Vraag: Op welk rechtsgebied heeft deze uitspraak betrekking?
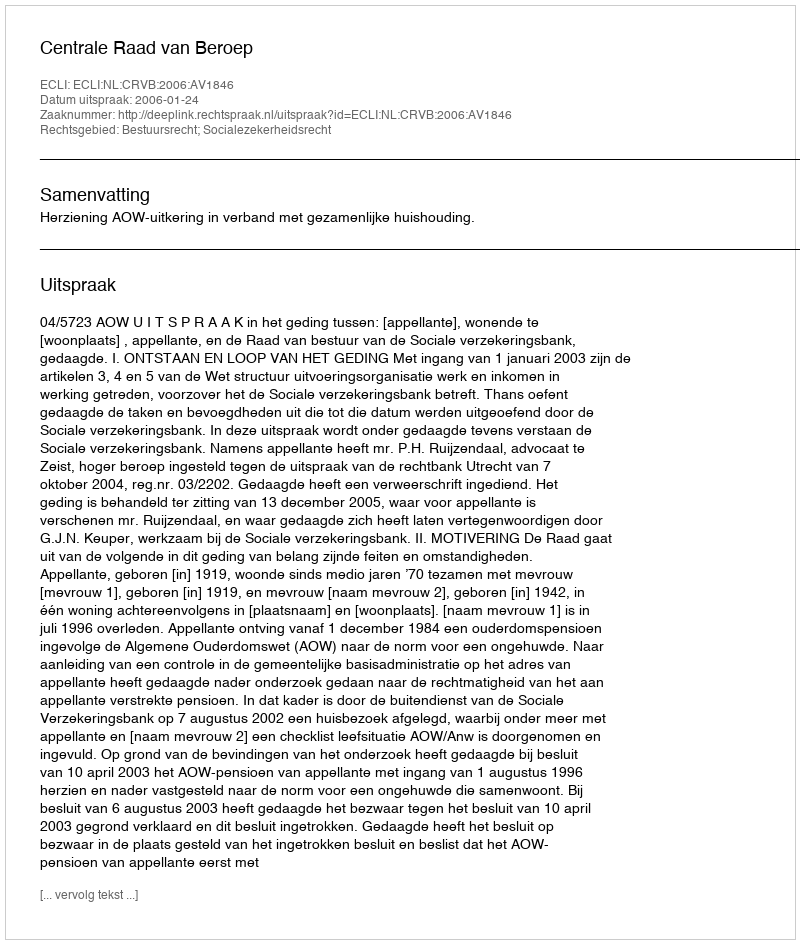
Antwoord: Bestuursrecht; Socialezekerheidsrecht